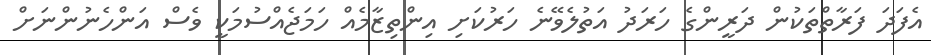
އެފަދަ ފަރާތްތަކުން ދަރީންގެ ހަރަދު އަތުލެވޭނެ ހަރުކަށި އިންތިޒާމެއް ހަމަޖެއްސުމަކީ ވެސް އަންހެނުންނަށް